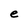
Character: e